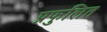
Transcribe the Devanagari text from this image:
प्रफुलित